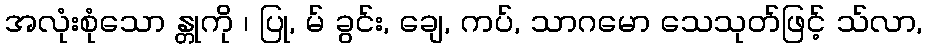
အလုံးစုံသော န္တုကို ၊ ပြု, မ် ခွင်း, ချေ, ကပ်, သာဂမော သေသုတ်ဖြင့် သ်လာ,